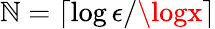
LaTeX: \mathbb{N}=\lceil\log\epsilon/\logx\rceil